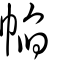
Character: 㡊